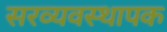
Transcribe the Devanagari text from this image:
सरव्यवस्थापक